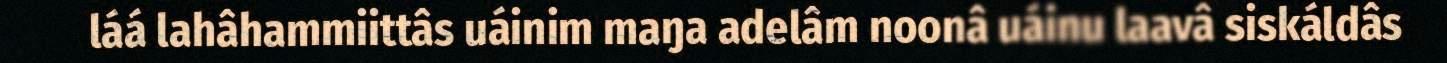
láá lahâhammiittâs uáinim maŋa adelâm noonâ uáinu laavâ siskáldâs